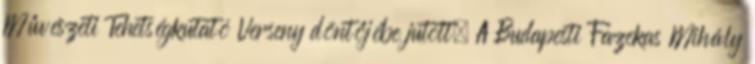
Művészeti Tehetségkutató Verseny döntőjébe jutott. A Budapesti Fazekas Mihály